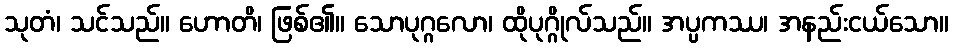
သုတံ၊ သင်သည်။ ဟောတိ၊ ဖြစ်၏။ သောပုဂ္ဂလော၊ ထိုပုဂ္ဂိုလ်သည်။ အပ္ပကဿ၊ အနည်းငယ်သော။